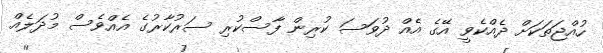
ހުއްޖަތަކަށް ދެއްކެވީ އޭގެ އެއް ދުވަސަ ކުރިން ފާސްކުރި ސަރުކާރުގެ އެއްވެސް މުދަލެއް